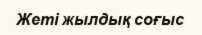
Жеті жылдық соғыс